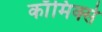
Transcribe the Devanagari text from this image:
काॅमिक्से